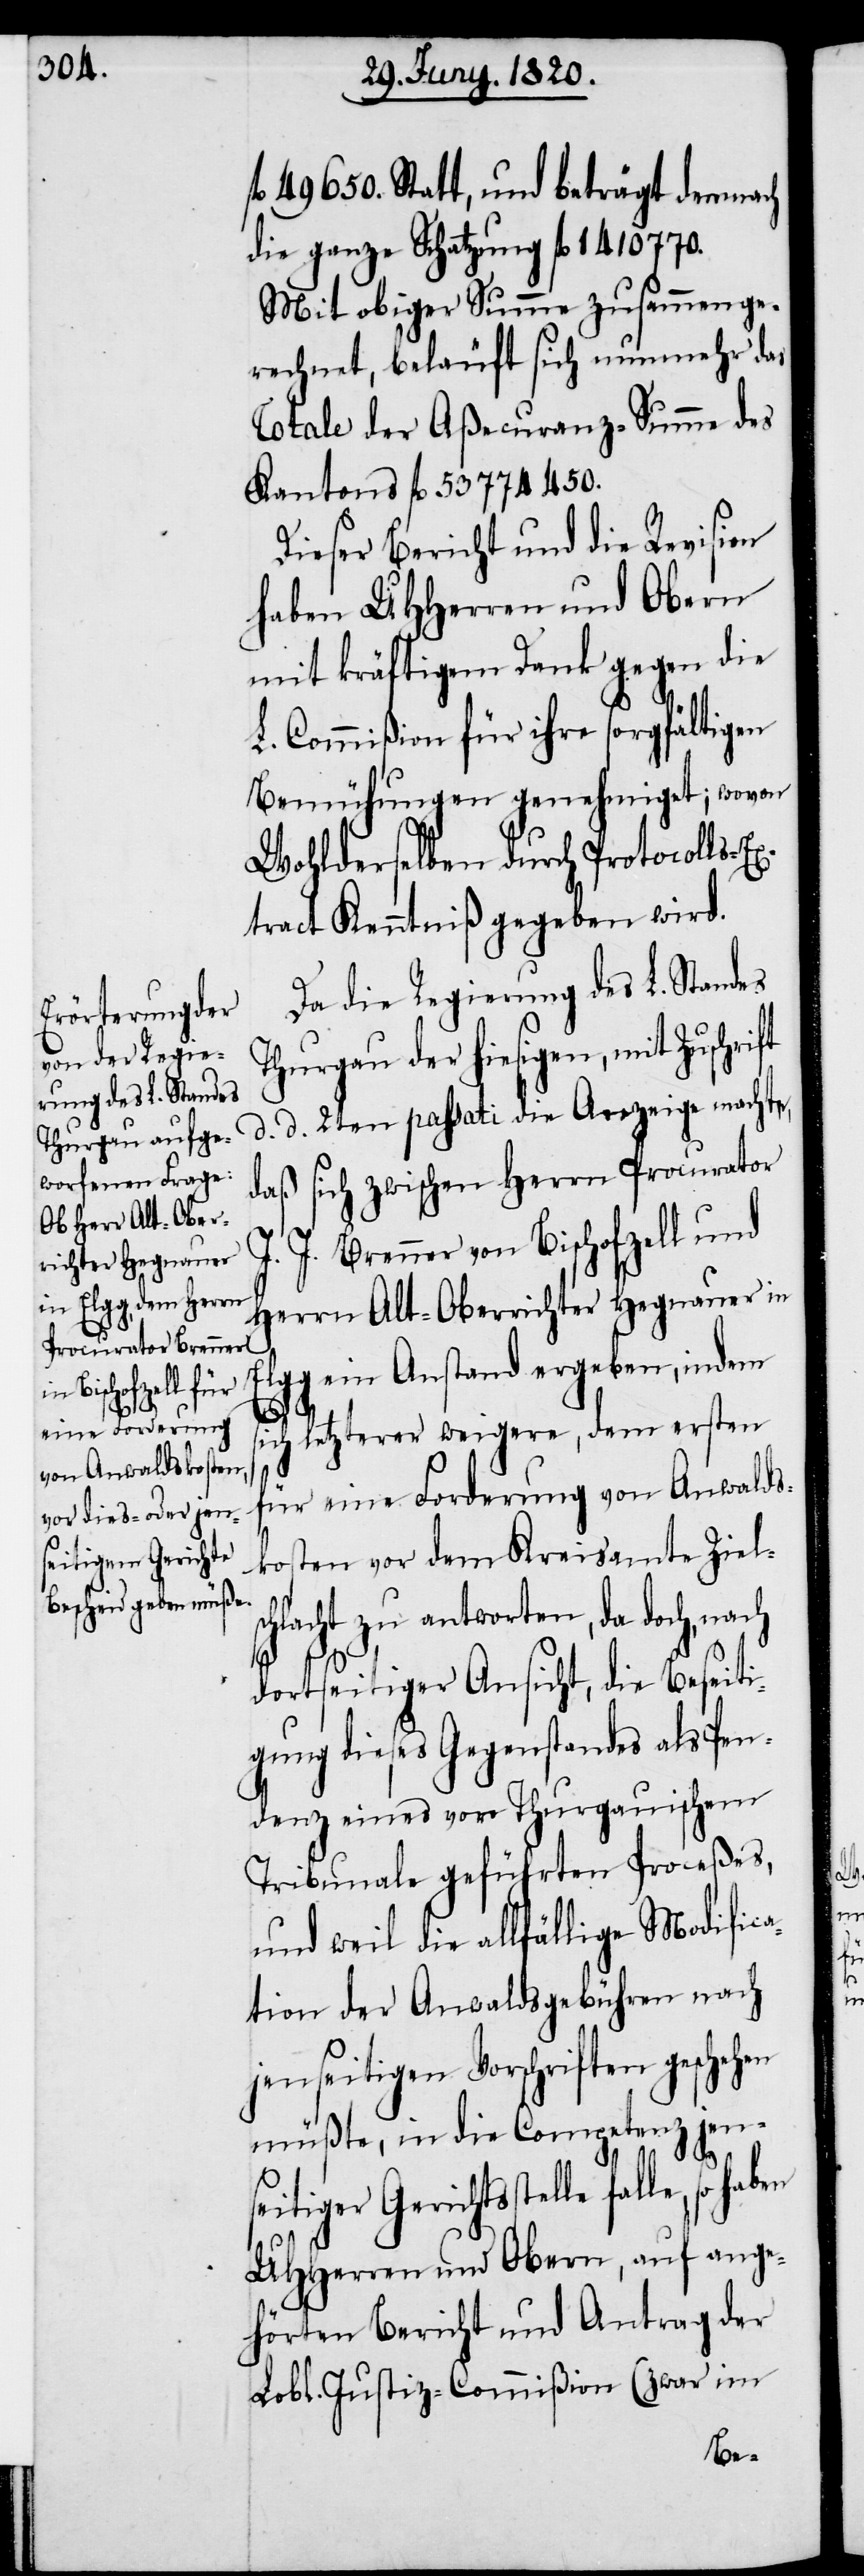
fl 49650. statt, und beträgt demnach
die ganze Schatzung fl 1410770.
Mit obiger Summe zusammenge¬
rechnet, beläuft sich nunmehr das
Totale der Aßecuranz-Summe des
Kantons fl. 53774450.
Dieser Bericht und die Revision
haben UHHerren und Obern
mit kräftigem Dank gegen die
L. Commißion für ihre sorgfältigen
Bemühungen genehmiget; wovon
Wohlderselben durch Protocolls-E¬
xtract Kenntniß gegeben wird.
Da die Regierung des L. Standes
Thurgau der hiesigen, mit Zuschri¬
d. d. 2ten passati die Anzeige machte,
daß sich zwischen Herrn Procurator
J. J. Brenner von Bischofzell und
Herrn Alt-Oberrichter Hegnauer in
lgg ein Anstand ergeben, indem
E¬
sich letzterer weigere, dem ersten
ft
für eine Forderung von Anwalds¬
kosten vor dem Kreisamte Ziels¬
chlacht zu antworten, da doch, nach
dortseitiger Ansicht, die Beseiti¬
gung dieses Gegenstandes als Pen¬
denz eines von Thurgauischem
Tribunale geführten Proceßes,
und weil die allfällige Modifica¬
tion der Anwaldsgebühren nach
jenseitigen Vorschriften geschehen
müßte, in die Competenz jen¬
seitiger Gerichtsstelle falle,
UHherren und Obern, auf ange¬
hörten Bericht und Antrag der
Lobl. Justiz-Commißion (zwar im